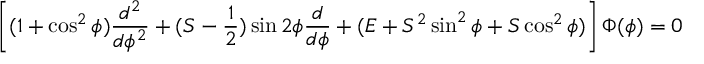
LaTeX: \left[ ( 1 + \cos ^ { 2 } \phi ) \frac { d ^ { 2 } } { d \phi ^ { 2 } } + ( S - \frac { 1 } { 2 } ) \sin 2 \phi \frac { d } { d \phi } + ( E + S ^ { 2 } \sin ^ { 2 } \phi + S \cos ^ { 2 } \phi ) \right] \Phi ( \phi ) = 0